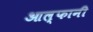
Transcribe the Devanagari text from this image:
आल्फानी